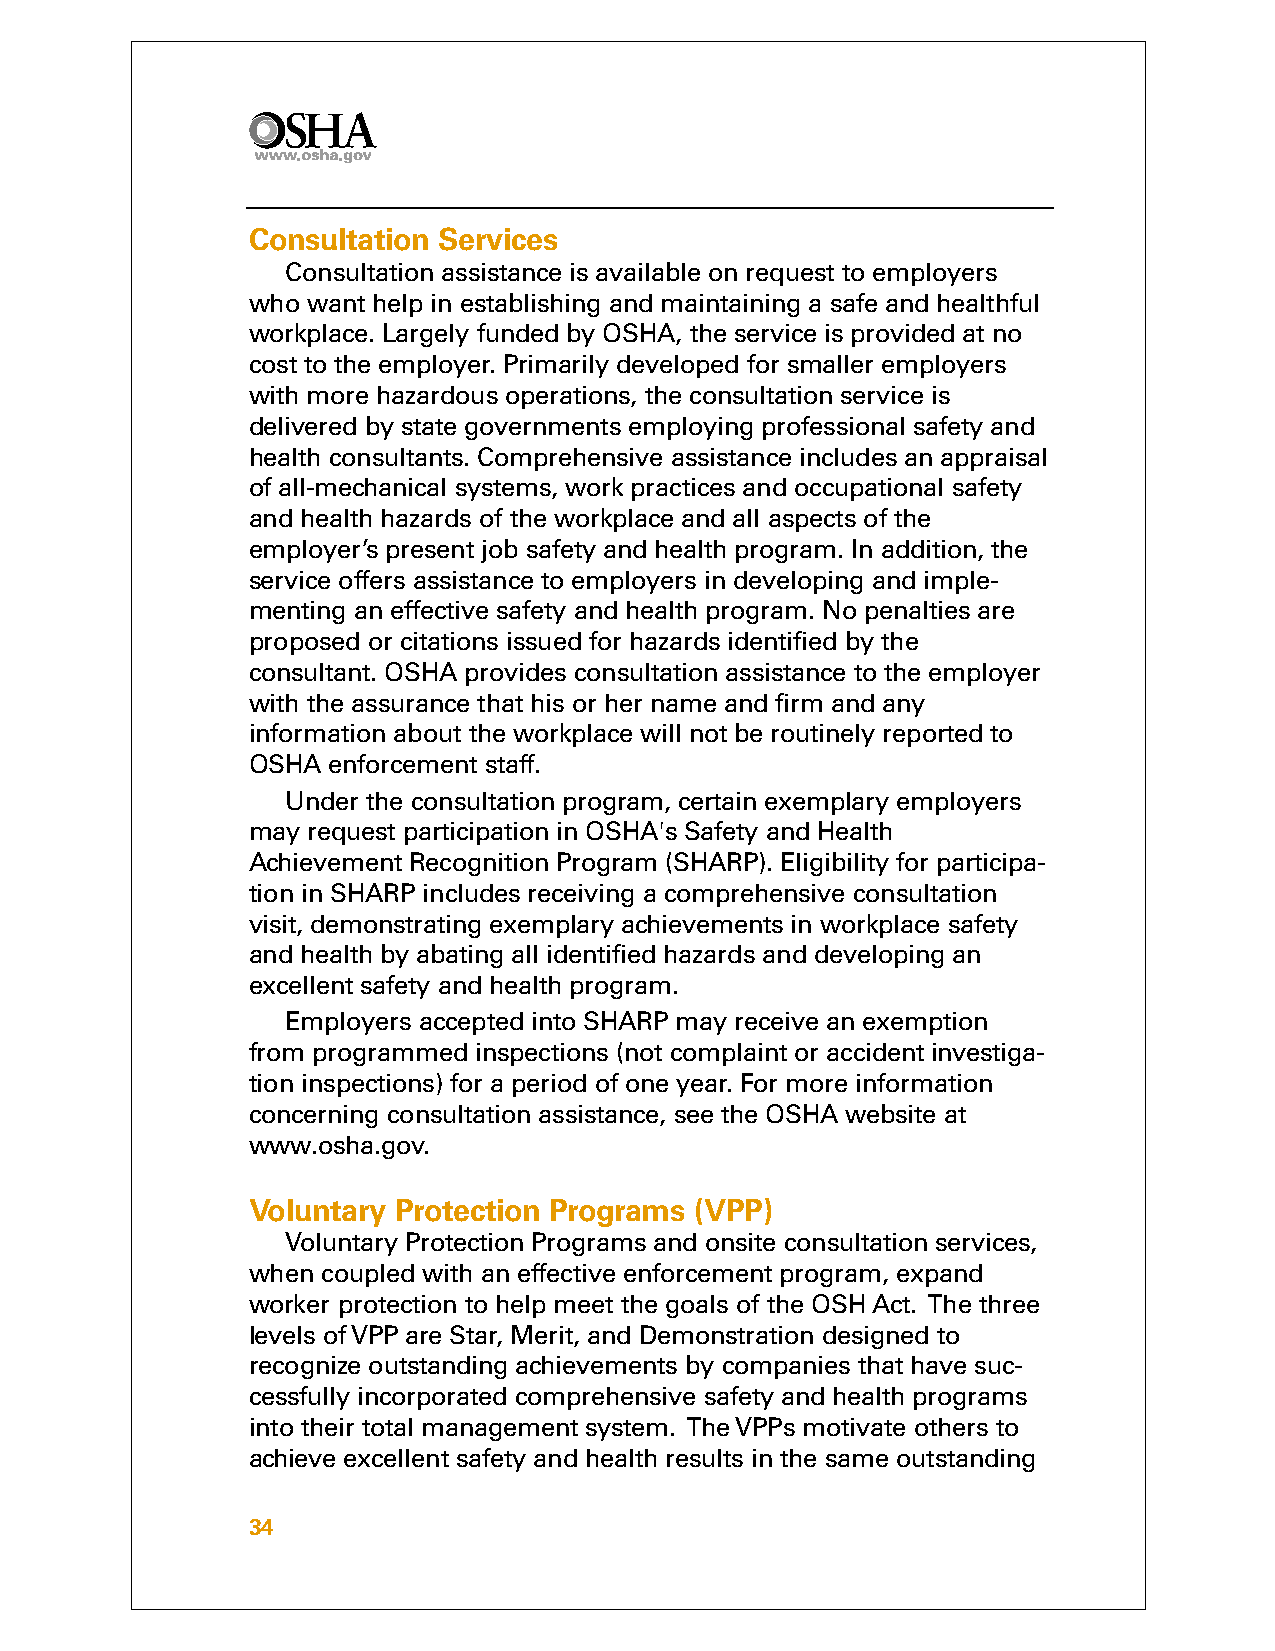
Consultation Services
 Consultation assistance is available on request to employers
 who want help in establishing and maintaining a safe and healthful
 workplace. Largely funded by OSHA, the service is provided at no
 cost to the employer. Primarily developed for smaller employers
 with more hazardous operations, the consultation service is
 delivered by state governments employing professional safety and
 health consultants. Comprehensive assistance includes an appraisal
 of all-mechanical systems, work practices and occupational safety
 and health hazards of the workplace and all aspects of the
 employer’s present job safety and health program. In addition, the
 service offers assistance to employers in developing and imple-
 menting an effective safety and health program. No penalties are
 proposed or citations issued for hazards identified by the
 consultant. OSHA provides consultation assistance to the employer
 with the assurance that his or her name and firm and any
 information about the workplace will not be routinely reported to
 OSHA  enforcement staff.
 Under the consultation program, certain exemplary employers
 may request participation in OSHA's Safety and Health
 Achievement Recognition Program (SHARP). Eligibility for participa-
 tion in SHARP includes receiving a comprehensive consultation
 visit, demonstrating exemplary achievements in workplace safety
 and health by abating all identified hazards and developing an
 excellent safety and health program.
 Employers accepted into SHARP may receive an exemption
 from programmed inspections (not complaint or accident investiga-
 tion inspections) for a period of one year. For more information
 concerning consultation assistance, see the OSHA website at
 www.osha.gov.
 Voluntary Protection Programs (VPP)
 Voluntary Protection Programs and onsite consultation services,
 when coupled with an effective enforcement program, expand
 worker protection to help meet the goals of the OSH Act. The three
 levels of VPP are Star, Merit, and Demonstration designed to
 recognize outstanding achievements by companies that have suc-
 cessfully incorporated comprehensive safety and health programs
 into their total management system. The VPPs motivate others to
 achieve excellent safety and health results in the same outstanding
 34